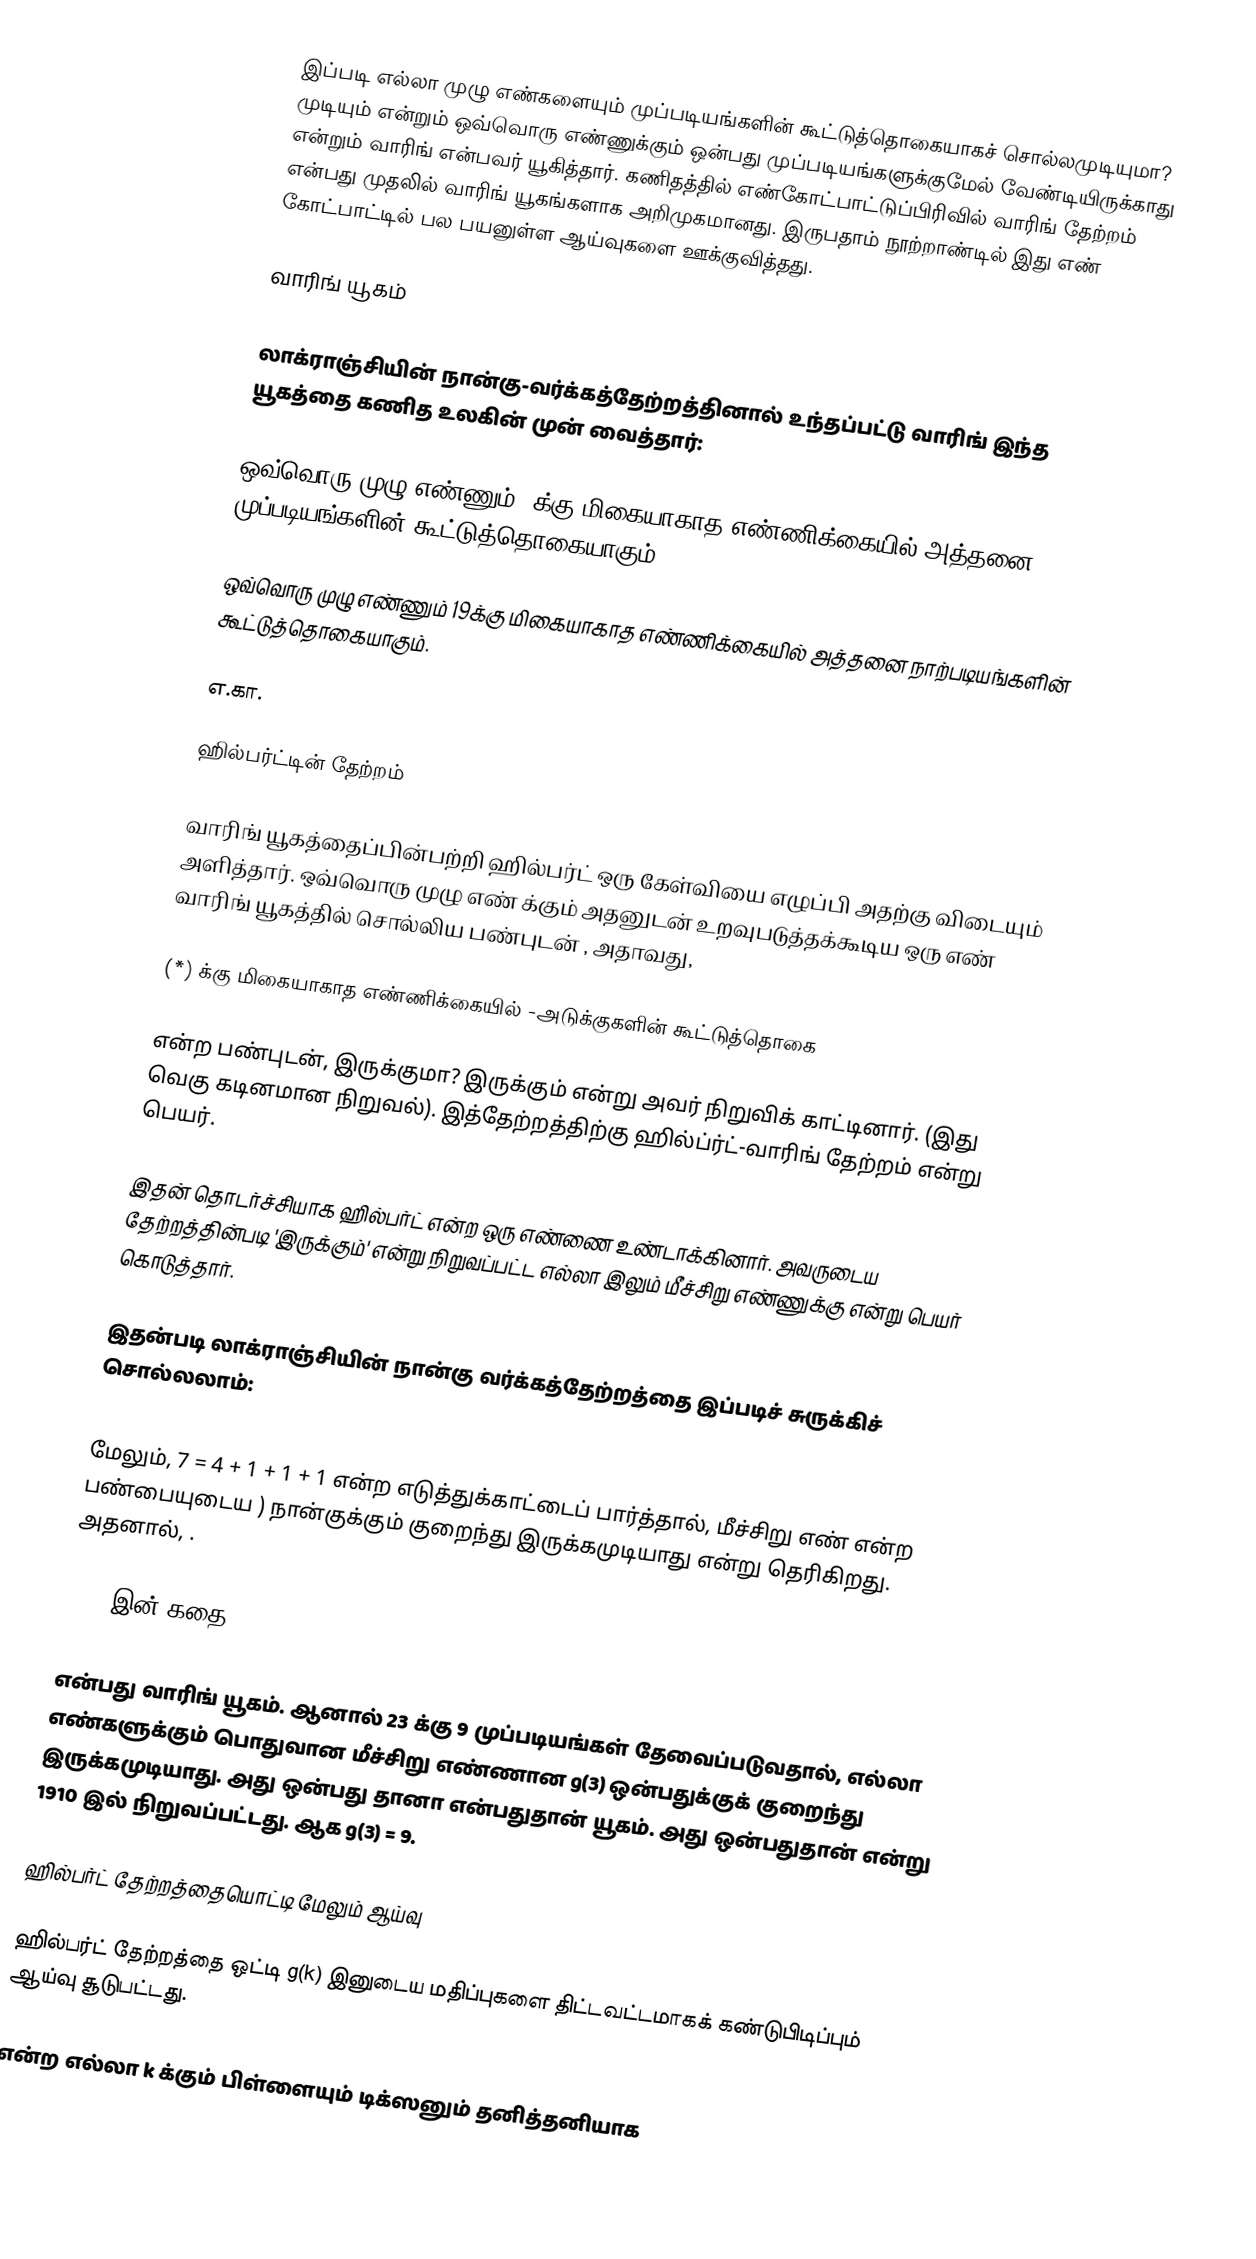
இப்படி எல்லா முழு எண்களையும் முப்படியங்களின் கூட்டுத்தொகையாகச் சொல்லமுடியுமா? முடியும் என்றும் ஒவ்வொரு எண்ணுக்கும் ஒன்பது  முப்படியங்களுக்குமேல்  வேண்டியிருக்காது என்றும் வாரிங் என்பவர் யூகித்தார்.  கணிதத்தில் எண்கோட்பாட்டுப்பிரிவில் வாரிங் தேற்றம் என்பது முதலில் வாரிங் யூகங்களாக அறிமுகமானது.  இருபதாம் நூற்றாண்டில் இது எண் கோட்பாட்டில் பல பயனுள்ள ஆய்வுகளை ஊக்குவித்தது.

வாரிங் யூகம்

லாக்ராஞ்சியின் நான்கு-வர்க்கத்தேற்றத்தினால் உந்தப்பட்டு வாரிங் இந்த யூகத்தை கணித உலகின் முன் வைத்தார்:

ஒவ்வொரு முழு எண்ணும் 9க்கு மிகையாகாத எண்ணிக்கையில் அத்தனை  முப்படியங்களின் கூட்டுத்தொகையாகும்.

ஒவ்வொரு முழு எண்ணும் 19க்கு மிகையாகாத எண்ணிக்கையில் அத்தனை நாற்படியங்களின் கூட்டுத்தொகையாகும்.

எ.கா.

ஹில்பர்ட்டின் தேற்றம்

வாரிங் யூகத்தைப்பின்பற்றி ஹில்பர்ட் ஒரு கேள்வியை எழுப்பி அதற்கு விடையும் அளித்தார். ஒவ்வொரு முழு எண்   க்கும்  அதனுடன் உறவுபடுத்தக்கூடிய ஒரு எண்    வாரிங் யூகத்தில் சொல்லிய பண்புடன் ,  அதாவது,

(*)    க்கு மிகையாகாத எண்ணிக்கையில்   -அடுக்குகளின் கூட்டுத்தொகை

என்ற பண்புடன், இருக்குமா? இருக்கும் என்று அவர் நிறுவிக் காட்டினார். (இது வெகு கடினமான நிறுவல்). இத்தேற்றத்திற்கு ஹில்ப்ர்ட்-வாரிங் தேற்றம் என்று பெயர்.

இதன் தொடர்ச்சியாக ஹில்பர்ட்   என்ற ஒரு எண்ணை உண்டாக்கினார். அவருடைய தேற்றத்தின்படி 'இருக்கும்'  என்று நிறுவப்பட்ட எல்லா   இலும் மீச்சிறு எண்ணுக்கு   என்று பெயர் கொடுத்தார்.

இதன்படி லாக்ராஞ்சியின் நான்கு வர்க்கத்தேற்றத்தை இப்படிச் சுருக்கிச் சொல்லலாம்:

மேலும், 7 = 4 + 1 + 1 + 1 என்ற எடுத்துக்காட்டைப் பார்த்தால், மீச்சிறு எண் என்ற பண்பையுடைய )  நான்குக்கும் குறைந்து இருக்கமுடியாது என்று தெரிகிறது. அதனால், .

g(3) இன் கதை

 என்பது வாரிங் யூகம்.  ஆனால் 23 க்கு  9 முப்படியங்கள் தேவைப்படுவதால், எல்லா எண்களுக்கும் பொதுவான மீச்சிறு எண்ணான  g(3) ஒன்பதுக்குக் குறைந்து இருக்கமுடியாது. அது ஒன்பது தானா என்பதுதான் யூகம். அது ஒன்பதுதான் என்று 1910 இல் நிறுவப்பட்டது.  ஆக g(3) = 9.

ஹில்பர்ட் தேற்றத்தையொட்டி மேலும் ஆய்வு

ஹில்பர்ட் தேற்றத்தை ஒட்டி g(k) இனுடைய மதிப்புகளை திட்டவட்டமாகக் கண்டுபிடிப்பும் ஆய்வு சூடுபட்டது.

 என்ற எல்லா k க்கும்  பிள்ளையும் டிக்ஸனும் தனித்தனியாக